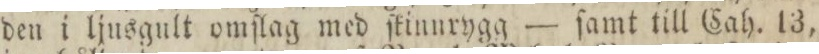
den i ljusgult omſlag med ſkinnrygg — ſamt till Cah. 13,